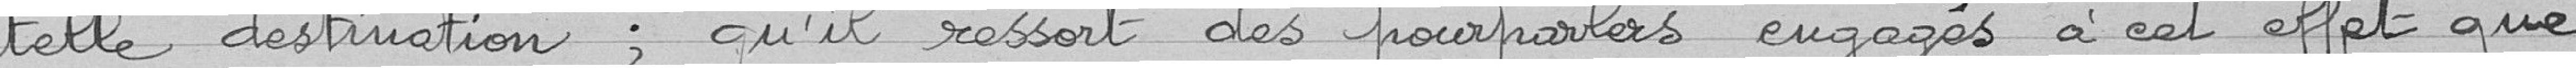
telle destination ; qu'il ressort des pourparlers engagés à cet effet que